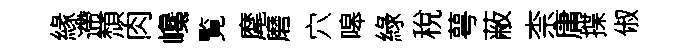
緣遰頹肉巉覧麾磨穴嗥綠稅萼蔽柰庸揲俶